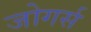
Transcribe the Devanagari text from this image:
जोगर्स